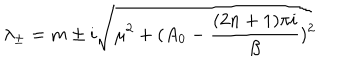
LaTeX: \lambda _ { \pm } = m \pm i \sqrt { \mu ^ { 2 } + ( A _ { 0 } - \frac { ( 2 n + 1 ) \pi i } { \beta } ) ^ { 2 } }